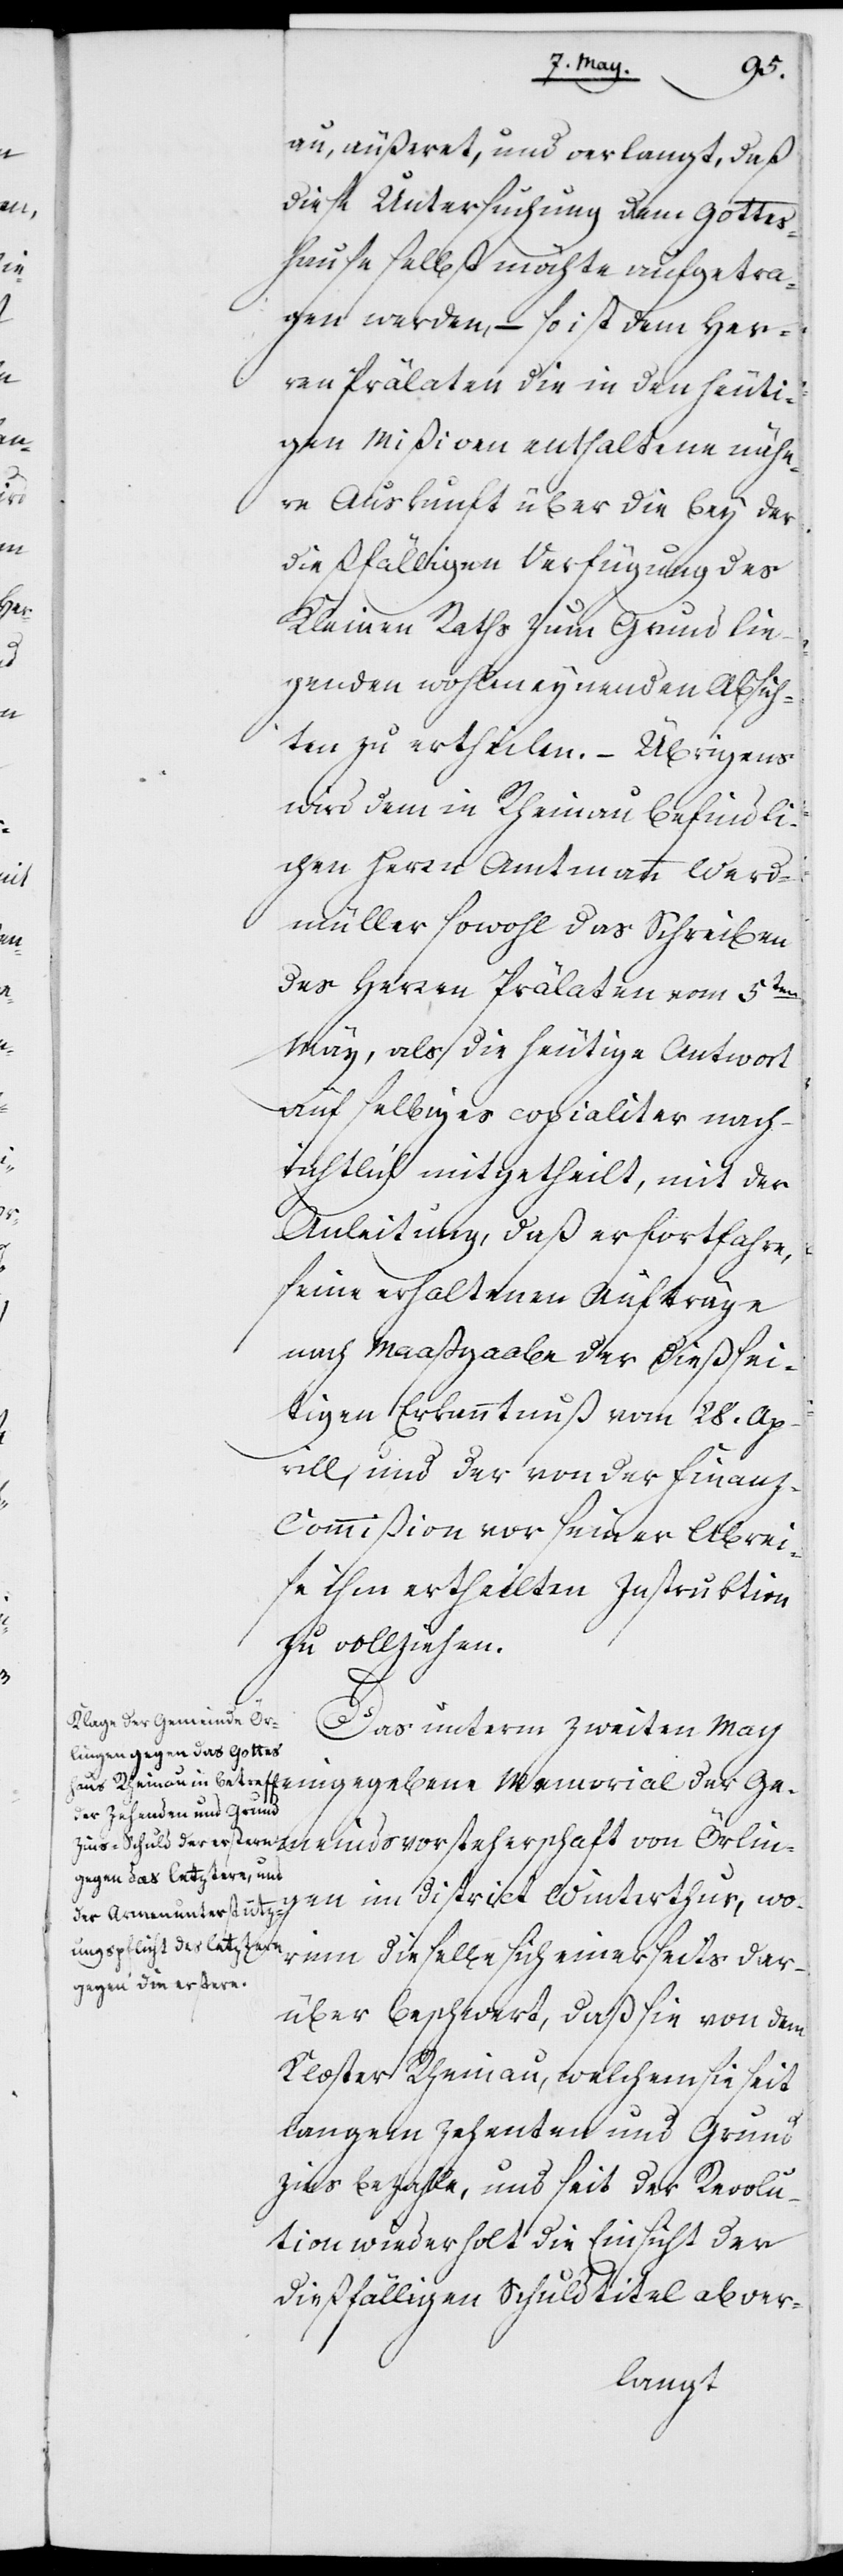
au, äußeret, und verlangt, daß
diese Untersuchung dem Gottes¬
haus selbst möchte aufgetra¬
gen werden, – so ist dem Her¬
ren Prälaten die in den heuti¬
gen Mißiven enthaltene nähe¬
re Auskunft über die bey der
dießfälligen Verfügung des
Kleinen Raths zum Grund lie¬
genden wohlmeynenden Absich¬
ten zu ertheilen. – Übrigens
wird dem in Rheinau befindli¬
chen Herren Amtmann Werd¬
müller sowohl das Schreiben
des Herren Prälaten vom 5ten
May, als die heutige Antwort
auf selbiges copialiter nach¬
richtlich mitgetheilt, mit der
Anleitung, daß er fortfahre,
seine erhaltenen Aufträge
nach Maßgabe der dießsei¬
tigen Erkanntnuß vom 28. Ap¬
rill und der von der Finan¬
z-Commißion vor seiner Abrei¬
se ihm ertheilten Instruktion
zu vollziehen.
Das unterm zweyten May
Memorial der Gemeindsvorsteherschaft von Örling¬
en im District Winterthur, wo¬
rinn dieselbe sich einerseits dar¬
über beschwert, daß sie von dem
Kloster Rheinau, welchem sie seit
langem Zehenden und Grund¬
zins bezahle, und seit der Revolu¬
tion wiederholt die Einsicht der
dießfälligen Schuldtitel abver-